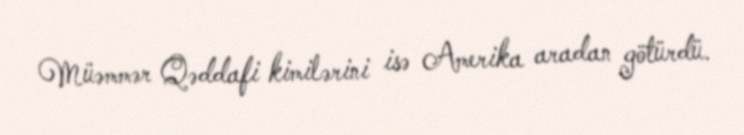
Müəmmər Qəddafi kimilərini isə Amerika aradan götürdü.